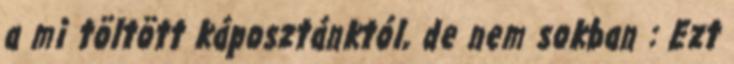
a mi töltött káposztánktól, de nem sokban : Ezt